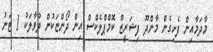
މާދަމާއިން ފެށިގެން މާންދޫ ފިޝަރީޒް ކޮމްޕްލެކްސް އިން ދޯންޏަކުން ދުވާލަކު 1 ޓަނު